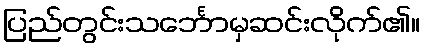
ပြည်တွင်းသင်္ဘောမှဆင်းလိုက်၏။